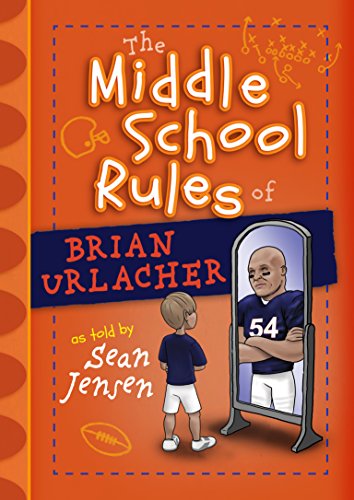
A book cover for The Middle School Rules of Brian Urlacher; Sean Jensen; Children's Books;